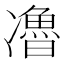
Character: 𰄏